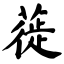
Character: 蓰